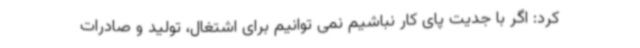
کرد: اگر با جدیت پای کار نباشیم نمی توانیم برای اشتغال، تولید و صادرات